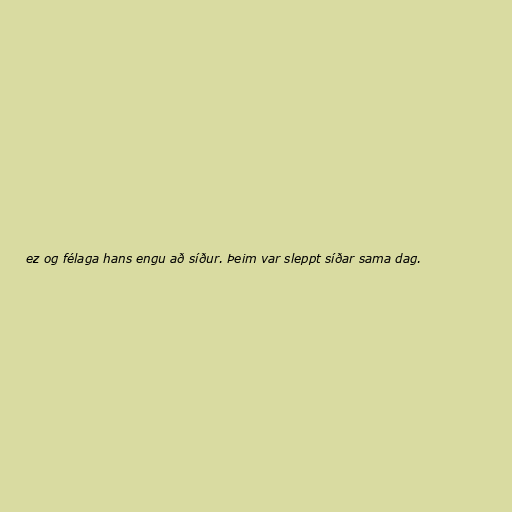
ez og félaga hans engu að síður. Þeim var sleppt síðar sama dag.